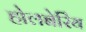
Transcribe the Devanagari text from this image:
होलबेरिंय